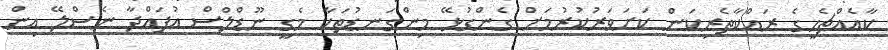
ކާއެއްޗެހީގެ ރައްކާތެރިކަން ކަށަވަރުކުރުމަށް ގެންގުޅޭ މިންގަނޑުތަކާ މެގީ ނޫޑްލްސް އުފައްދާ ނެސްލޭ އިން